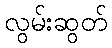
လွမ်းဆွတ်